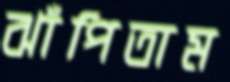
ঝাঁপিতাম